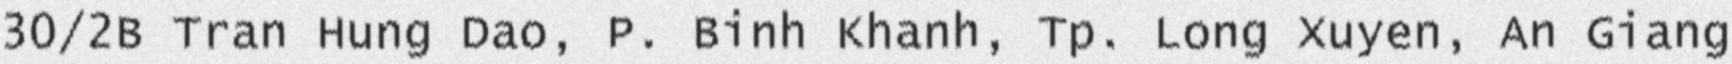
30/2B Tran Hung Dao, P. Binh Khanh, Tp. Long Xuyen, An Giang